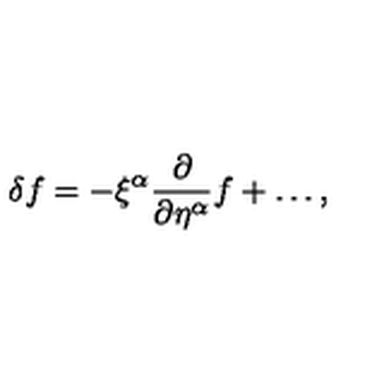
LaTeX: \delta f = - \xi ^ { \alpha } \frac { \partial } { \partial \eta ^ { \alpha } } f + \ldots ,